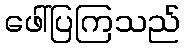
ဖေါ်ပြကြသည်